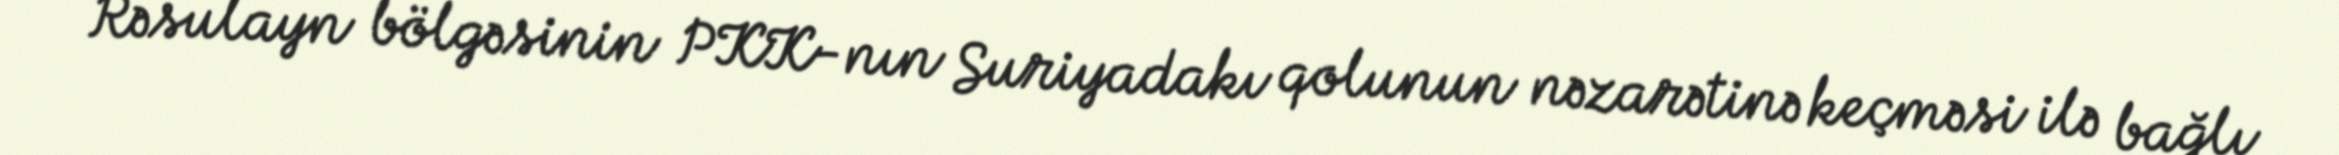
Rəsulayn bölgəsinin PKK-nın Suriyadakı qolunun nəzarətinə keçməsi ilə bağlı